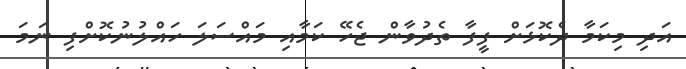
އަދި މިކަމާ ދެކޮޅަށް ފީފާ ތެދުވާން ޖެހޭ ކަމާއި މައްސަލަ ހައްލުނުކޮށްފި ނަމަ